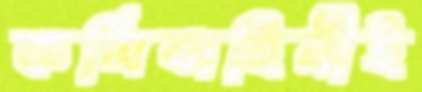
কর্মিবাহিনীই